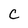
Character: C